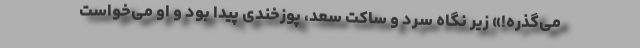
می‌گذره!» زیر نگاه سرد و ساکت سعد، پوزخندی پیدا بود و او می‌خواست